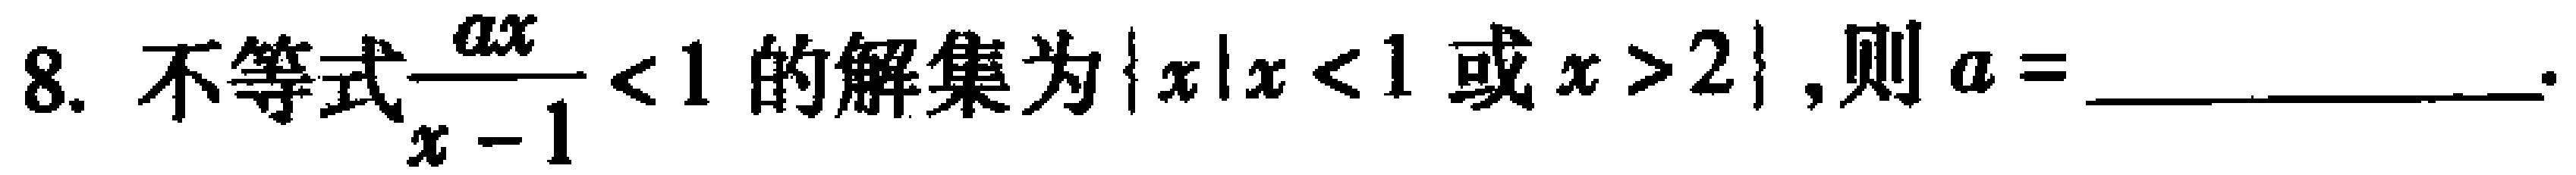
8. 不等式$\frac{ax}{x - 1} < 1$的解集为$\{x|x < 1或x > 2\}$，则$a =$ ____________.